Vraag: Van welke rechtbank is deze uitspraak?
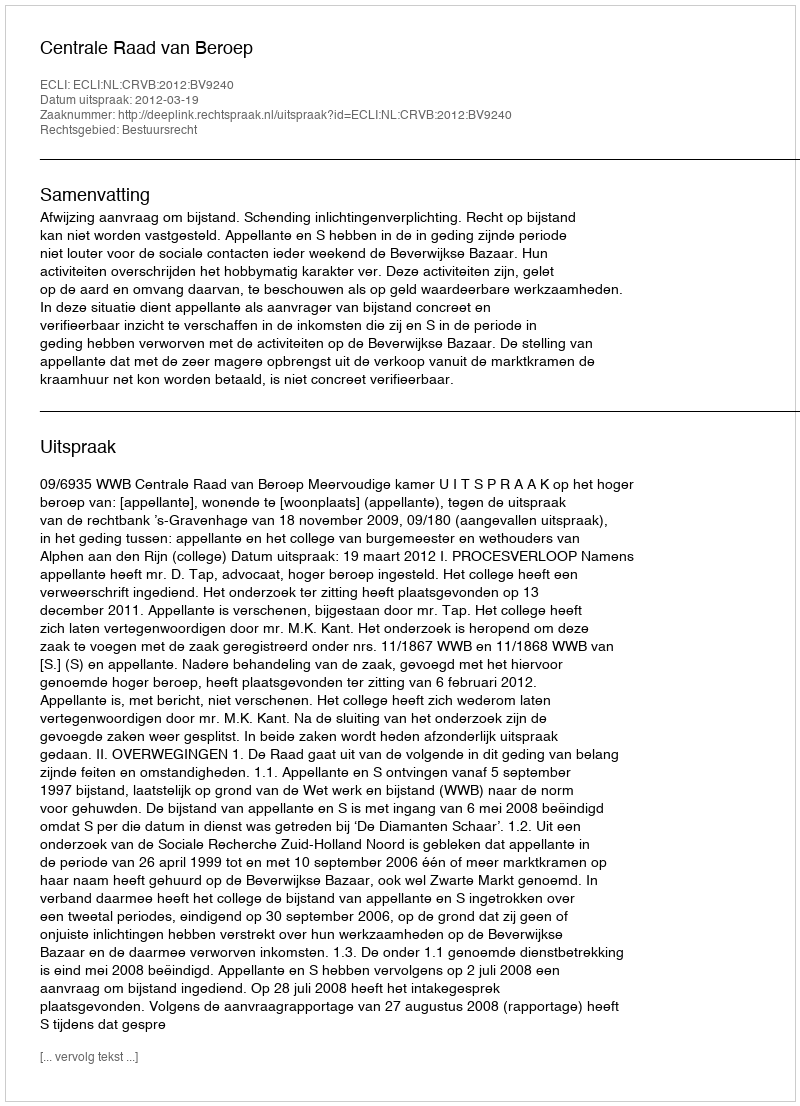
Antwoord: Centrale Raad van Beroep